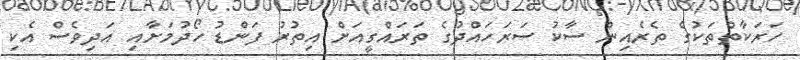
ހަރަކާތްތަކުގެ ތެރެއިން ސާކު ސަރަހައްދުގެ ތަރައްގީއަށް އިތުރު ފަންޑު ހޯދުމަށާއި އަދިވެސް އެކި